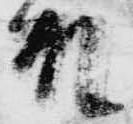
故